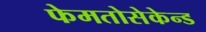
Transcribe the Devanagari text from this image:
फेमतोसेकेन्‍ड